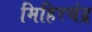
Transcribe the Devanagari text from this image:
मिहिरचंद्र